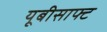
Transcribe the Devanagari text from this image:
यूबीसाफ्ट